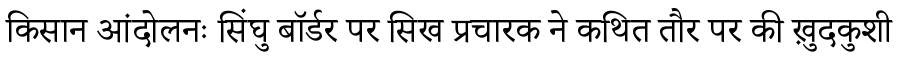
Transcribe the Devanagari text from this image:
किसान आंदोलनः सिंघु बॉर्डर पर सिख प्रचारक ने कथित तौर पर की ख़ुदकुशी